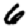
Digit: 6